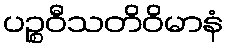
ပဉ္စဝီသတိဝိမာနံ